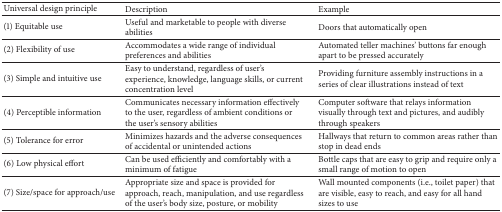
| Universal design principle | Description | Example |
 | --- | --- | --- |
 | (1) Equitable use | Useful and marketable to people with diverse abilities | Doors that automatically open |
 | (2) Flexibility of use | Accommodates a wide range of individual preferences and abilities | Automated teller machines' buttons far enough apart to be pressed accurately |
 | (3) Simple and intuitive use | Easy to understand, regardless of user's experience, knowledge, language skills, or current concentration level | Providing furniture assembly instructions in a series of clear illustrations instead of text |
 | (4) Perceptible information | Communicates necessary information effectively to the user, regardless of ambient conditions or the user's sensory abilities | Computer software that relays information visually through text and pictures, and audibly through speakers |
 | (5) Tolerance for error | Minimizes hazards and the adverse consequences of accidental or unintended actions | Hallways that return to common areas rather than stop in dead ends |
 | (6) Low physical effort | Can be used efficiently and comfortably with a minimum of fatigue | Bottle caps that are easy to grip and require only a small range of motion to open |
 | (7) Size/space for approach/use | Appropriate size and space is provided for approach, reach, manipulation, and use regardless of the user's body size, posture, or mobility | Wall mounted components (i.e., toilet paper) that are visible, easy to reach, and easy for all hand sizes to use |